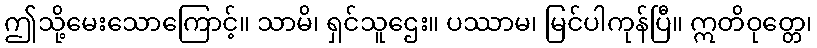
ဤသို့မေးသောကြောင့်။ သာမိ၊ ရှင်သူဌေး။ ပဿာမ၊ မြင်ပါကုန်ပြီ။ ဣတိဝုတ္တေ၊